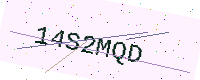
Text: 14S2MQD